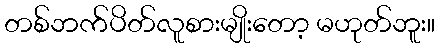
တစ်ဘက်ပိတ်လူစားမျိုးတော့ မဟုတ်ဘူး။